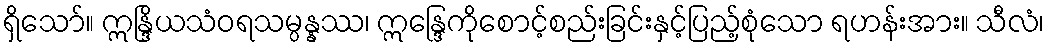
ရှိသော်။ ဣန္ဒြိယသံဝရသမ္ပန္နဿ၊ ဣန္ဒြေကိုစောင့်စည်းခြင်းနှင့်ပြည့်စုံသော ရဟန်းအား။ သီလံ၊